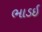
ભાડઈ